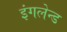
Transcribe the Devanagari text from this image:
इंगलेन्ड